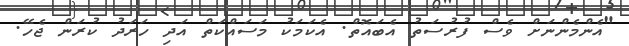
"އެންމެންނަށް ވެސް ފުރުސަތު އެބައޮތް. އެކަމަކު މަސައްކަތް އަދި ހަރަދު ކުރަން ޖެހޭ.